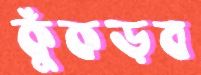
কুঁকড়ব